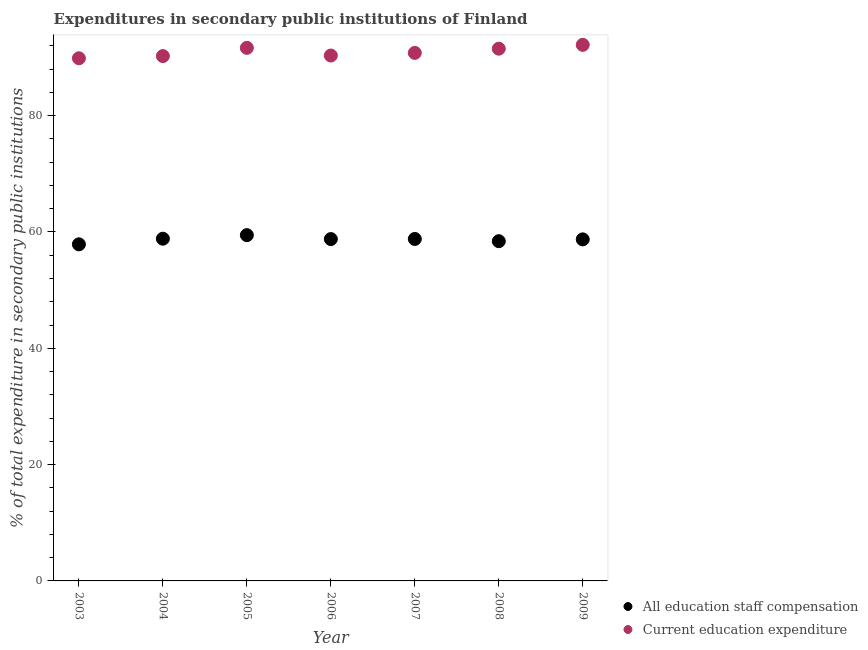
| Year | All education staff compensation | Current education expenditure |
 | --- | --- | --- |
 | 2003 | 57.9 | 89.9 |
 | 2004 | 58.8 | 90.2 |
 | 2005 | 59.5 | 91.7 |
 | 2006 | 58.8 | 90.3 |
 | 2007 | 58.8 | 90.8 |
 | 2008 | 58.4 | 91.5 |
 | 2009 | 58.7 | 92.2 |